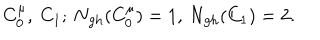
C _ { 0 } ^ { \mu } , \ C _ { 1 } ; \ \mathrm { N _ { g h } } ( C _ { 0 } ^ { \mu } ) = 1 , \ \mathrm { N _ { g h } } ( C _ { 1 } ) = 2 .